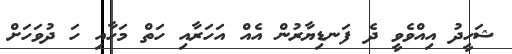
ޝަހީދު އިއްވެވީ ދެ ފަނޑިޔާރުން އެއް އަހަރާއި ހަތް މަހާއި ހަ ދުވަހަށް